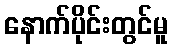
နောက်ပိုင်းတွင်မူ